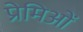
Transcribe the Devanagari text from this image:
प्रेमिओं